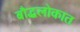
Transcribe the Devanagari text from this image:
बौद्धलोकात